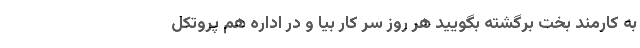
به کارمند بخت برگشته بگویید هر روز سر کار بیا و در اداره هم پروتکل